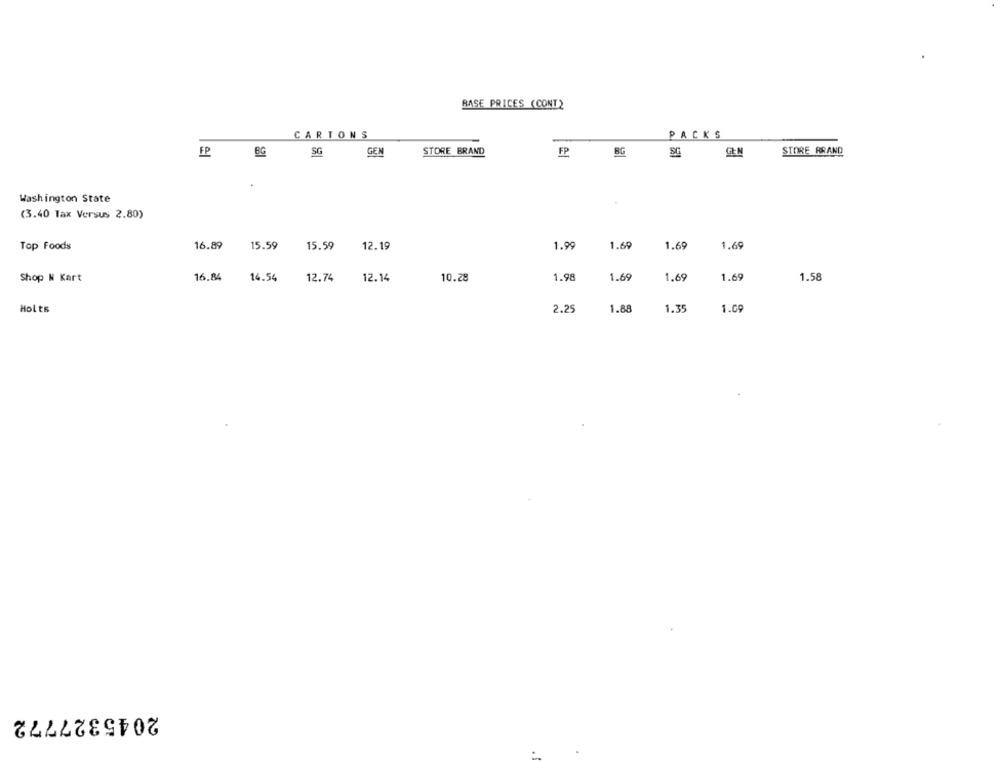
BASE PRICES (CONT)
CARTONS
PACKS
FP
BG
SG
GEN
STORE BRAND
FP
BG
GEN
STORE RRAND
Washington State
(3.40 Tax Versus 2.80)
16.89
1.99
1.69
Top Foods
15.59
15.59
12.19
1.69
1.69
Shop N Kart
16.84
14.54
12.74
12.14
10.28
1.98
1.69
1.69
1.69
1.58
Holts
2.25
1.88
1.3
1.09
2045327772